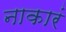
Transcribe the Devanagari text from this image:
नाकारं